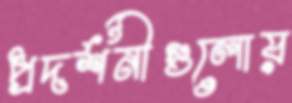
প্রদর্শনীগুলোয়